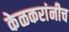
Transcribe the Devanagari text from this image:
केळकरांनीच